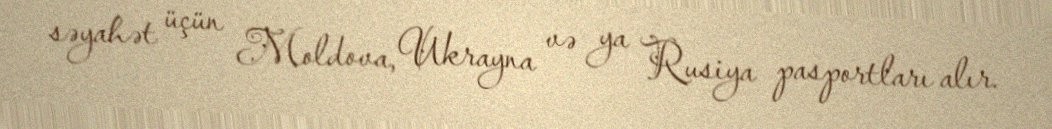
səyahət üçün Moldova, Ukrayna və ya Rusiya pasportları alır.